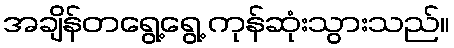
အချိန်တရွေ့ရွေ့ ကုန်ဆုံးသွားသည်။